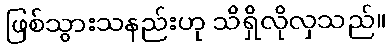
ဖြစ်သွားသနည်းဟု သိရှိလိုလှသည်။